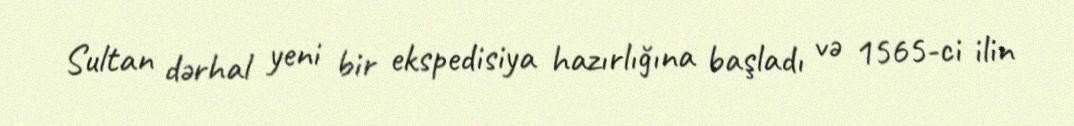
Sultan dərhal yeni bir ekspedisiya hazırlığına başladı və 1565-ci ilin